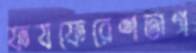
ফযফেরেশতাগ